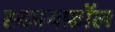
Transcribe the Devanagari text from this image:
स्कायफ़ॉल